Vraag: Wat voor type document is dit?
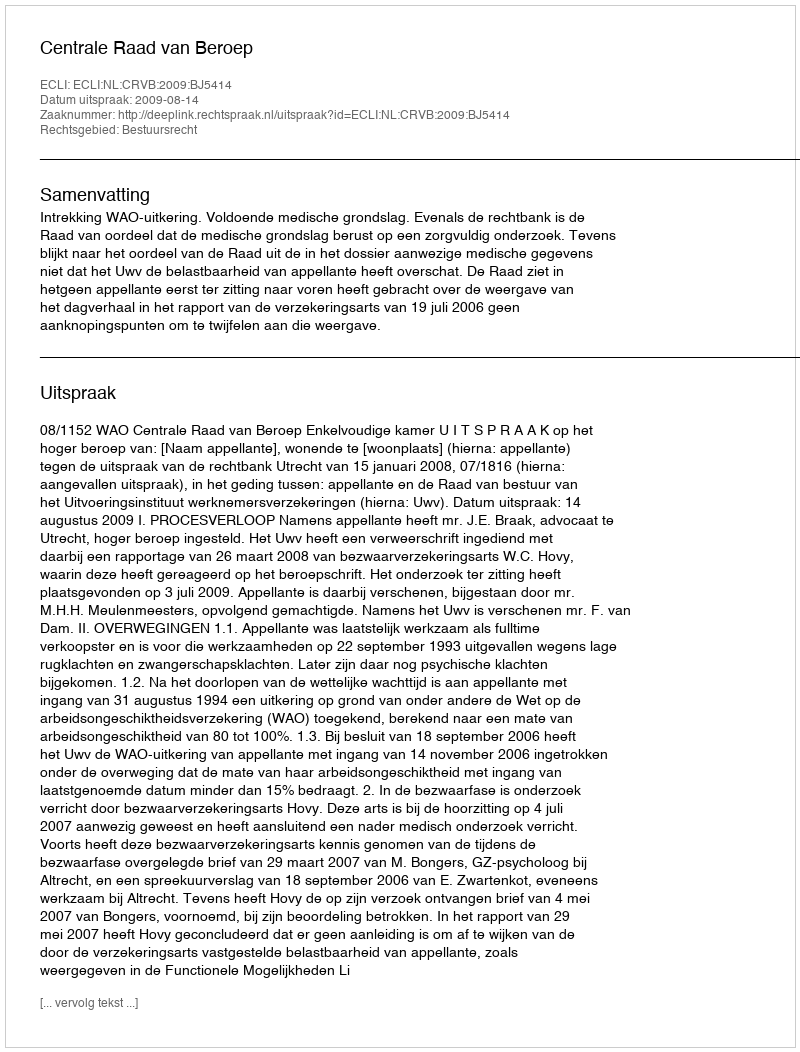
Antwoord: Uitspraak